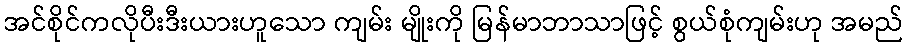
အင်စိုင်ကလိုပီးဒီးယားဟူသော ကျမ်း မျိုးကို မြန်မာဘာသာဖြင့် စွယ်စုံကျမ်းဟု အမည်